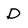
Character: D